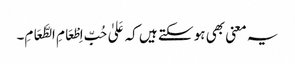
یہ معنی بھی ہو سکتے ہیں کہ عَلیٰ حُبِّ اِطْعَامِ الطَّعَامِ۔